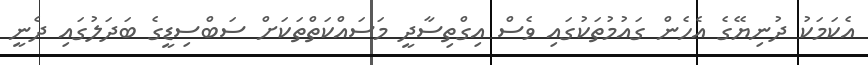
އެކަމަކު ދުނިޔޭގެ އެހެން ގައުމުތަކުގައި ވެސް އިގްތިސާދީ މަސައްކަތްތަކަށް ސަބްސިޑީގެ ބަދަލުގައި ދެނީ